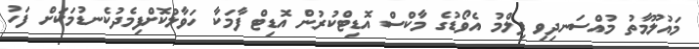
މައުލޫމާތު މުއްސަނދިވި ފިލްމު އެވޯޑުގެ މާކްސް އޮޑިޓްކުރުން އޮޑިޓް ފާމަކާ ހަވާލުކޮށްފިމެދުކެނޑުމަކަށް ފަހު